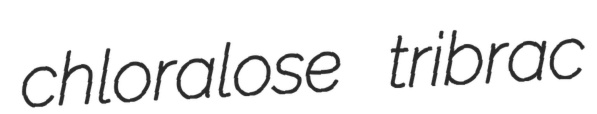
chloralose tribrac